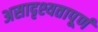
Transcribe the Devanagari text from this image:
असादृश्यतापूर्ण